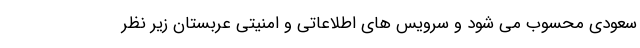
سعودی محسوب می شود و سرویس های اطلاعاتی و امنیتی عربستان زیر نظر